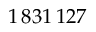
1 \, 8 3 1 \, 1 2 7